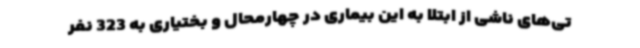
تی‌های ناشی از ابتلا به این بیماری در چهارمحال و بختیاری به 323 نفر